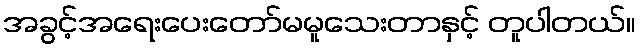
အခွင့်အရေးပေးတော်မမူသေးတာနှင့် တူပါတယ်။